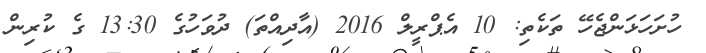
ހުށަހަޅަންޖެހޭ ތަކެތި: 10 އެޕްރީލް 2016 (އާދިއްތަ) ދުވަހުގެ 13:30 ގެ ކުރިން